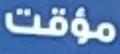
مؤقت